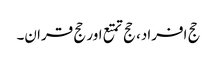
حج افراد، حج تمتع اور حج قران۔